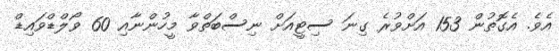
އެވެ. އެގޮތުން 153 އަށްވުރެ ގިނަ ސިޓީއަށް ނިސްބަތްވާ މީހުންނާއި 60 ވޯލްޑްވައިޑް